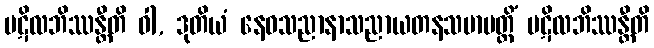
ပဋိလဘိဿန္တီတိ ဝါ, ဒုတိယံ နေဝသညာနာသညာယတနသမာပတ္တိံ ပဋိလဘိဿန္တီတိ